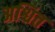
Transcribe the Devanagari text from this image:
अश्चित